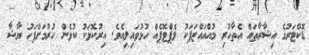
ޑޮކްޓަރުގެ އިޝާރާތައް އެތާހުރި މުއްއައްޒަފަކު ލެޕްޓޮޕެއް ހުޅުވައިލިއެވެ. އިރުކޮޅަކު ކުޅެން ހުރުމަށްފަހު ޔާޝާ